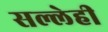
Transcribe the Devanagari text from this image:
सल्लेही